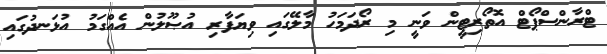
ޓްރާންސްޕޯޓް އޮތޯރިޓީން ވަނީ މި ރޯދަމަހު މާލޭގައި ވިޔަފާރި އުޞޫލުން އެއްގަމު އުޅަނދުގައި